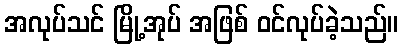
အလုပ်သင် မြို့အုပ် အဖြစ် ဝင်လုပ်ခဲ့သည်။